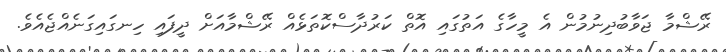
ރޭޝްމާ ޖަވާބުދިނުމުން އެ މީހާގެ އަތުގައި އޮތް ކަރުދާސްކޮތަޅެއް ރޭޝްމާއަށް ދީފައި ހިނގައިގަނެއްޖެއެވެ.